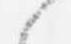
候